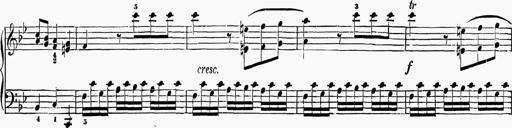
Title: 6 Sonatas
Composer: Muzio Clementi